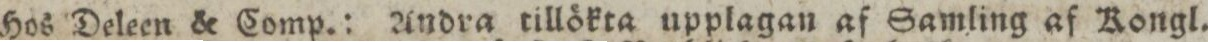
Hos Deleen & Comp.: Andra tillökta upplagan af Samling af Kongl.